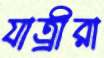
যাত্র্রীরা